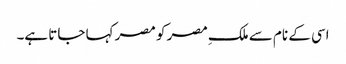
اسی کے نام سے ملکِ مصر کو مصر کہا جاتا ہے۔